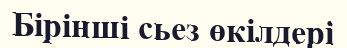
Бірінші сьез өкілдері